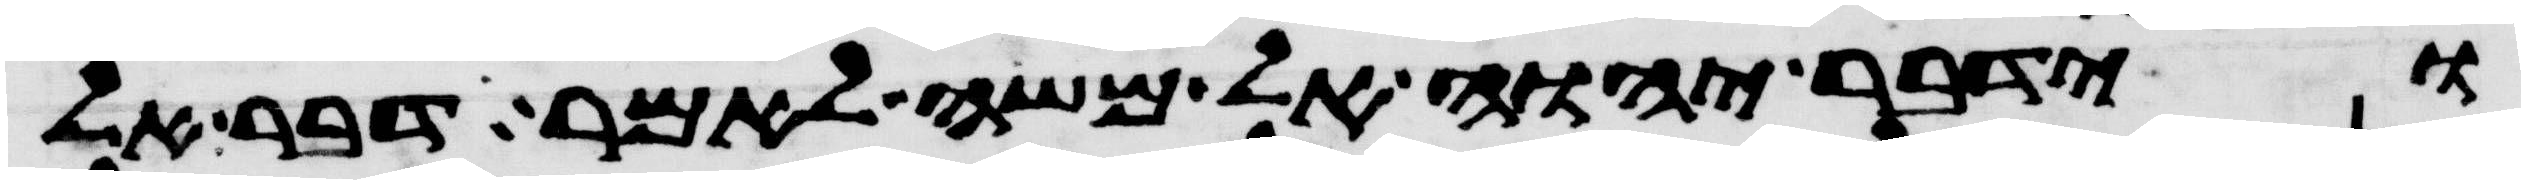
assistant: וידבר יהוה אל משה לאמר דבר אל